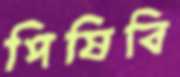
পিষিবি